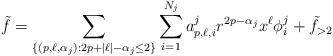
\begin{align*}\tilde{f} = \sum_{\{(p, \ell, \alpha_j): 2p+|\ell|-\alpha_j \leq 2\}}\sum_{i=1}^{N_j}a_{p,\ell,i}^jr^{2p-\alpha_j}x^{\ell}\phi^j_{i} + \tilde{f}_{>2}\end{align*}